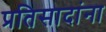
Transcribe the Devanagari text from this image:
प्रतिसादांना